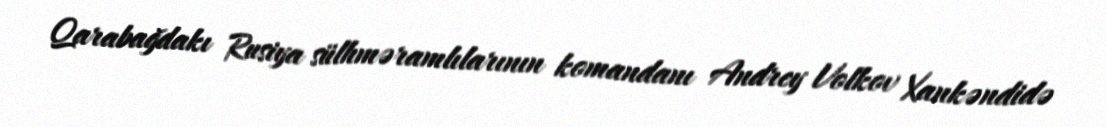
Qarabağdakı Rusiya sülhməramlılarının komandanı Andrey Volkov Xankəndidə